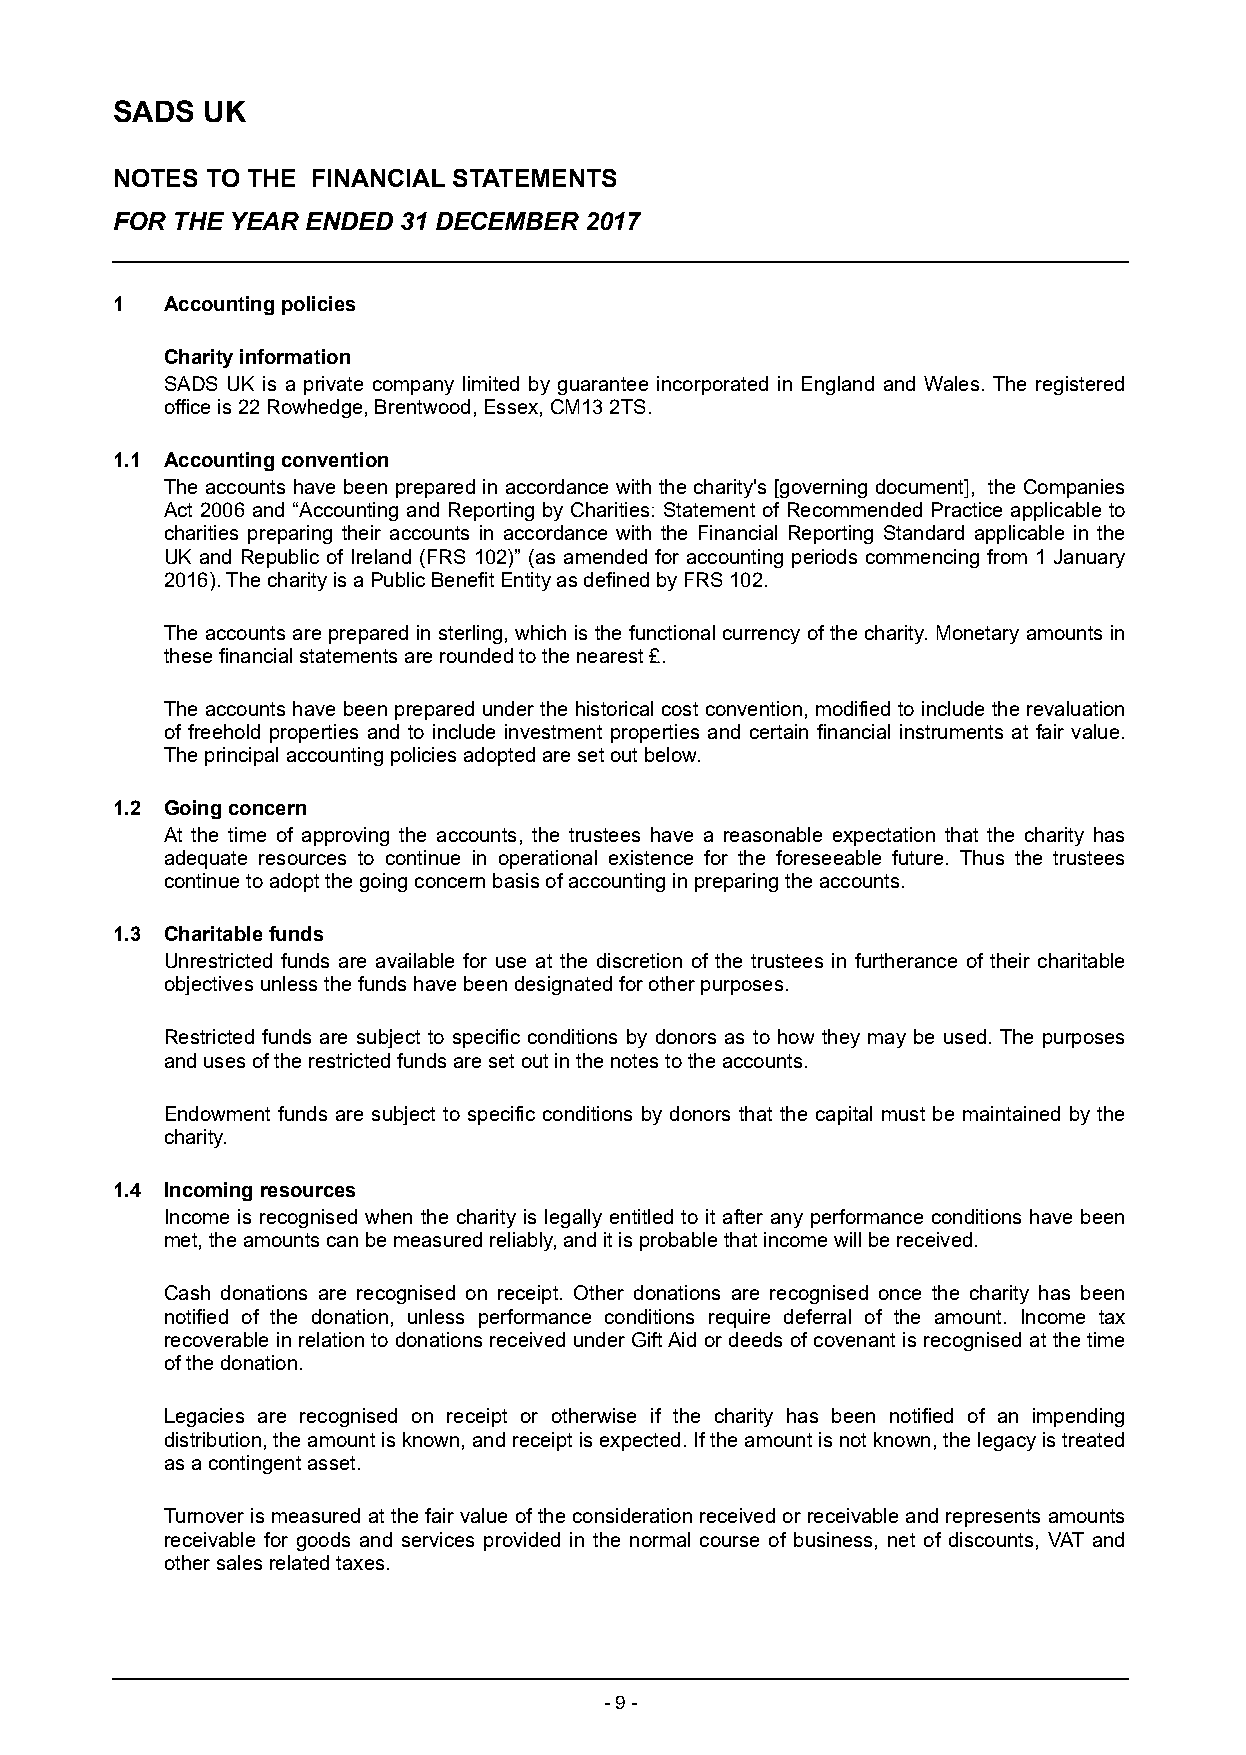
SADS  UK
 NOTES  TO THE FINANCIAL STATEMENTS
 FOR THE YEAR ENDED 31 DECEMBER  2017
 1   Accounting policies
 Charity information
 SADS UK is a private company limited by guarantee incorporated in England and Wales. The registered
 office is 22 Rowhedge, Brentwood, Essex, CM13 2TS.
 1.1 Accounting convention
 The accounts have been prepared in accordance with the charity's [governing document], the Companies
 Act 2006 and “Accounting and Reporting by Charities: Statement of Recommended Practice applicable to
 charities preparing their accounts in accordance with the Financial Reporting Standard applicable in the
 UK and Republic of Ireland (FRS 102)” (as amended for accounting periods commencing from 1 January
 2016). The charity is a Public Benefit Entity as defined by FRS 102.
 The accounts are prepared in sterling, which is the functional currency of the charity. M onetary am ounts i n
 these financial statements are r ounded to the nearest £.
 The accounts have been prepared under the historical cost convention, modified to include the revaluation
 of freehold properties and to include investment properties and certain financial instruments at fair value.
 The principal accounting policies adopted are set out below.
 1.2 Going concern
 At the time of approving the accounts, the trustees have a reasonable expectation that the charity has
 adequate resources to continue in operational existence for the foreseeable future. Thus the trustees
 c ontinue t o adopt the going concern basis of accounting in preparing the accounts.
 1.3 Charitable funds
 Unrestricted funds are available for use at the discretion of the trustees in furtherance of their charitable
 objectives unless the funds have been designated for other purposes.
 Restricted funds are subject to specific conditions by donors as to how they may be used. The purposes
 and uses of the restricted funds are set out in the notes to the accounts.
 Endowment funds are subject to specific conditions by donors that the capital must be maintained by the
 charity.
 1.4 Incoming resources
 Income is recognised when the charity is legally entitled to it after any performance conditions have been
 met, the amounts can be measured reliably, and it is probable that income will be received.
 Cash donations are recognised on receipt. Other donations are recognised once the charity has been
 notified of the donation, unless performance conditions require deferral of the amount. Income tax
 recoverable in relation to donations received under Gift Aid or deeds of covenant is recognised at the time
 of the donation.
 Legacies are recognised on receipt or otherwise if the charity has been notified of an impending
 distribution, the amount is known, and receipt is expected. If the amount is not known, the legacy is treated
 as a contingent asset.
 Turnover is measured at the fair value of the consideration received or receivable and represents amounts
 receivable for goods and services provided in the normal course of business, net of discounts, VAT and
 other sales related taxes.
 - 9 -